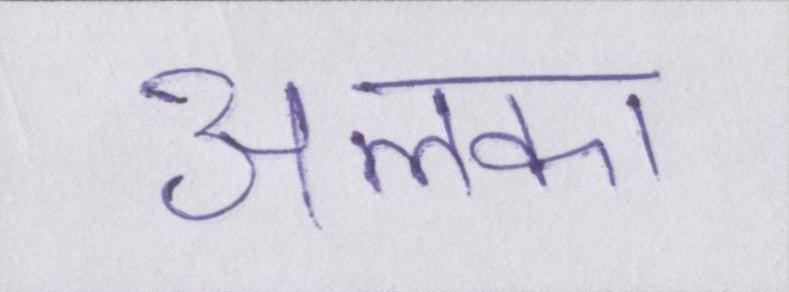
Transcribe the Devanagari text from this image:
अलका